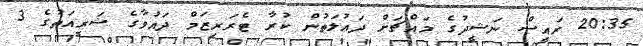
20:35 ރައީސް ނަޝީދުގެ މައްޗަށް ދަޢުލަތުން ކުރާ ޓެރަރިޒަމް ދައުވާގެ ޝަރީއަތުގެ 3